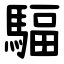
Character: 䮠